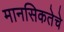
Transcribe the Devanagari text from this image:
मानसिकतेचे